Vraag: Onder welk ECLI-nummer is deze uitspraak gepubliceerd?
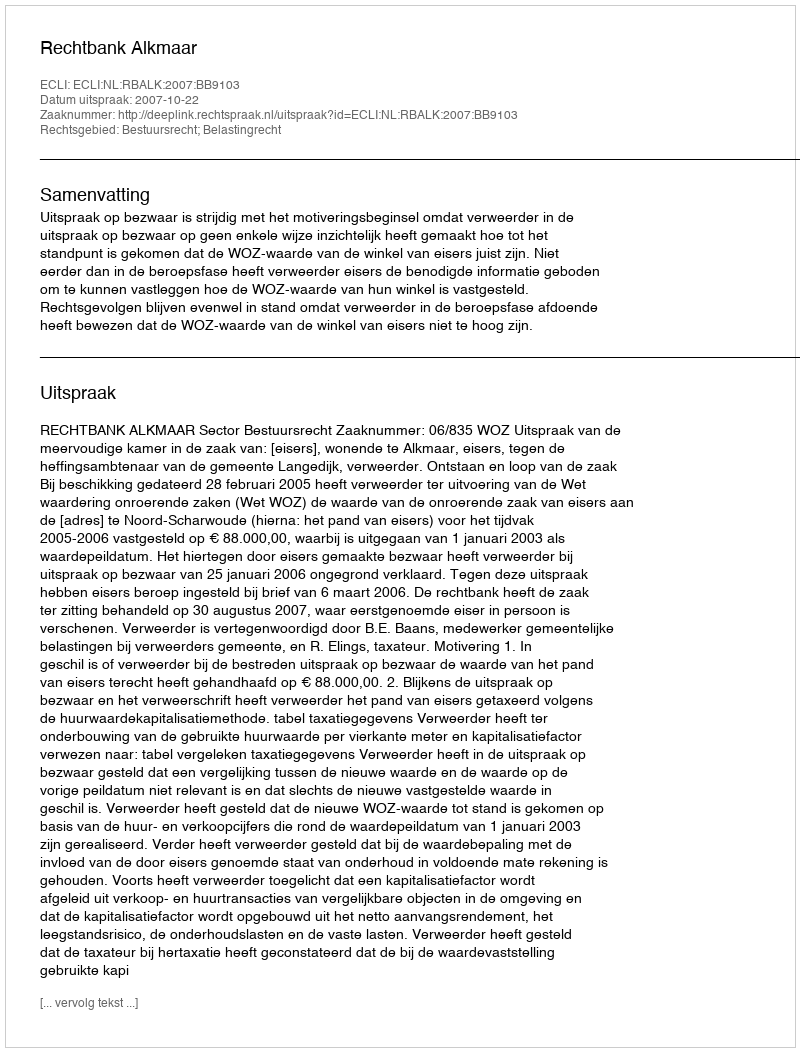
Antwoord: ECLI:NL:RBALK:2007:BB9103